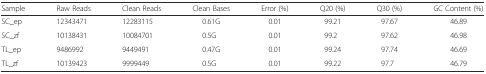
<table><thead><tr><td><b>Sample</b></td><td><b>Raw Reads</b></td><td><b>Clean Reads</b></td><td><b>Clean Bases</b></td><td><b>Error (%)</b></td><td><b>Q20 (%)</b></td><td><b>Q30 (%)</b></td><td><b>GC Content (%)</b></td></tr></thead><tbody><tr><td>SC_ep</td><td>12343471</td><td>12283115</td><td>0.61G</td><td>0.01</td><td>99.21</td><td>97.67</td><td>46.89</td></tr><tr><td>SC_zf</td><td>10138431</td><td>10084701</td><td>0.5G</td><td>0.01</td><td>99.2</td><td>97.62</td><td>46.98</td></tr><tr><td>TL_ep</td><td>9486992</td><td>9449491</td><td>0.47G</td><td>0.01</td><td>99.24</td><td>97.74</td><td>46.69</td></tr><tr><td>TL_zf</td><td>10139423</td><td>9999449</td><td>0.5G</td><td>0.01</td><td>99.22</td><td>97.7</td><td>46.79</td></tr></tbody></table>